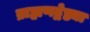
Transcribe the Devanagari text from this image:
ब्राह्मणद्वेष्ट्या